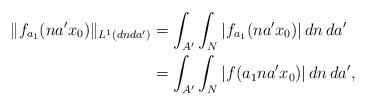
LaTeX: \begin{align*}\Vert f_{a_1}(na'x_0)\Vert_{L^1(dnda')}&= \int_{A'} \int_N |f_{a_1}(na'x_0)| \,dn\,da' \\&= \int_{A'} \int_N |f(a_1 n a' x_0)| \,dn\,da',\end{align*}